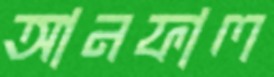
আনফাল